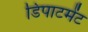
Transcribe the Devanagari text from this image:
डिपाटमेंट